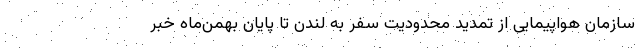
سازمان هواپیمایی از تمدید محدودیت سفر به لندن تا پایان بهمن‌ماه خبر